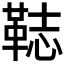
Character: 𩊴